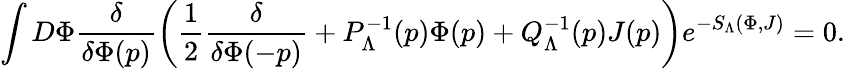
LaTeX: \int D\Phi\frac{\delta}{\delta\Phi(p)}\left(\frac{1}{2}\frac{\delta}{\delta\Phi(-p)}+P_{\Lambda}^{-1}(p)\Phi(p)+Q_{\Lambda}^{-1}(p)J(p)\right)e^{-S_{\Lambda}(\Phi,J)}=0.